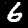
Label: 6